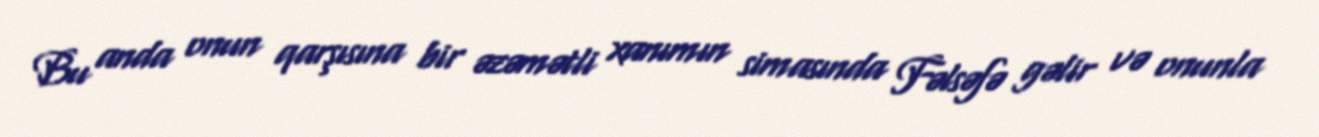
Bu anda onun qarşısına bir əzəmətli xanımın simasında Fəlsəfə gəlir və onunla